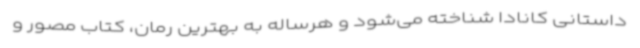
داستانی کانادا شناخته می‌شود و هرساله به بهترین رمان، کتاب مصور و